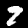
Label: 9